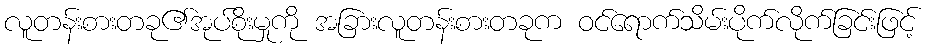
လူတန်းစားတခု၏အုပ်စိုးမှုကို အခြားလူတန်းစားတခုက ဝင်ရောက်သိမ်းပိုက်လိုက်ခြင်းဖြင့်